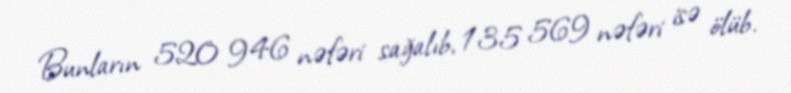
Bunların 520 946 nəfəri sağalıb, 135 569 nəfəri isə ölüb.